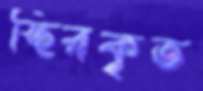
স্থিরকৃত